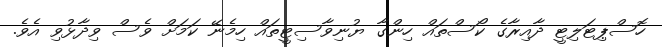
ހޮސްޕިޓަލިޓީ ދާއިރާގެ ކޯސްތައް ހިންގާ ޔުނިވާސިޓީތައް ހިމެނޭ ކަމަށް ވެސް ވިދާޅުވި އެވެ.